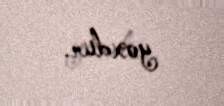
yoxdur.